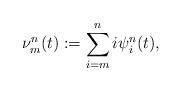
LaTeX: \begin{align*}\nu^{n}_m(t):= \sum_{i=m}^{n}i\psi^{n}_i(t),\end{align*}